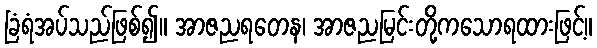
ခြံရံအပ်သည်ဖြစ်၍။ အာဇညရတေန၊ အာဇညမြင်းတို့ကသောရထားဖြင့်။